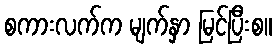
စကားလက်က မျက်နှာ မြင်ပြီးစ။